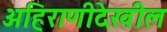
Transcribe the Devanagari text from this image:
अहिराणीदेखील